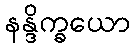
နန္ဒိက္ခယော